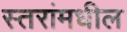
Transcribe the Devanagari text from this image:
स्तरांमधील